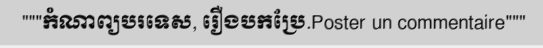
"""កំណាព្យបរទេស, រឿងបកប្រែ.Poster un commentaire"""